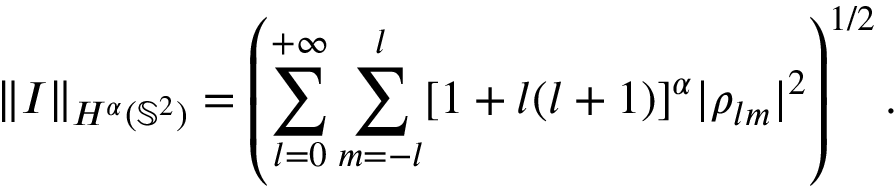
\| I \| _ { H ^ { \alpha } ( \mathbb { S } ^ { 2 } ) } = \left( \sum _ { l = 0 } ^ { + \infty } \sum _ { m = - l } ^ { l } [ 1 + l ( l + 1 ) ] ^ { \alpha } | \rho _ { l m } | ^ { 2 } \right) ^ { 1 / 2 } .